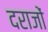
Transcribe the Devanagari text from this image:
दराजों